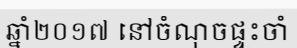
ឆ្នាំ២០១៧ នៅចំណុចផ្ទះចាំ